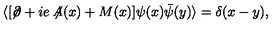
\langle [ \not \! \partial + i e \not \! \! A ( x ) + M ( x ) ] \psi ( x ) { \bar { \psi } } ( y ) \rangle = \delta ( x - y ) ,